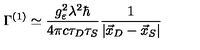
\Gamma ^ { ( 1 ) } \simeq \frac { g _ { \varepsilon } ^ { 2 } \lambda ^ { 2 } \hbar } { 4 \pi c \tau _ { D } \tau _ { S } } \frac { 1 } { | \vec { x } _ { D } - \vec { x } _ { S } | }